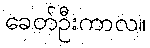
ခေတ်ဦးကာလ။